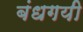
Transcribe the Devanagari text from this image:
बंधगयी